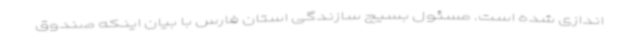
اندازی شده است. مسئول بسیج سازندگی استان فارس با بیان اینکه صندوق